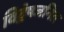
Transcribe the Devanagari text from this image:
विद्वेषजनित